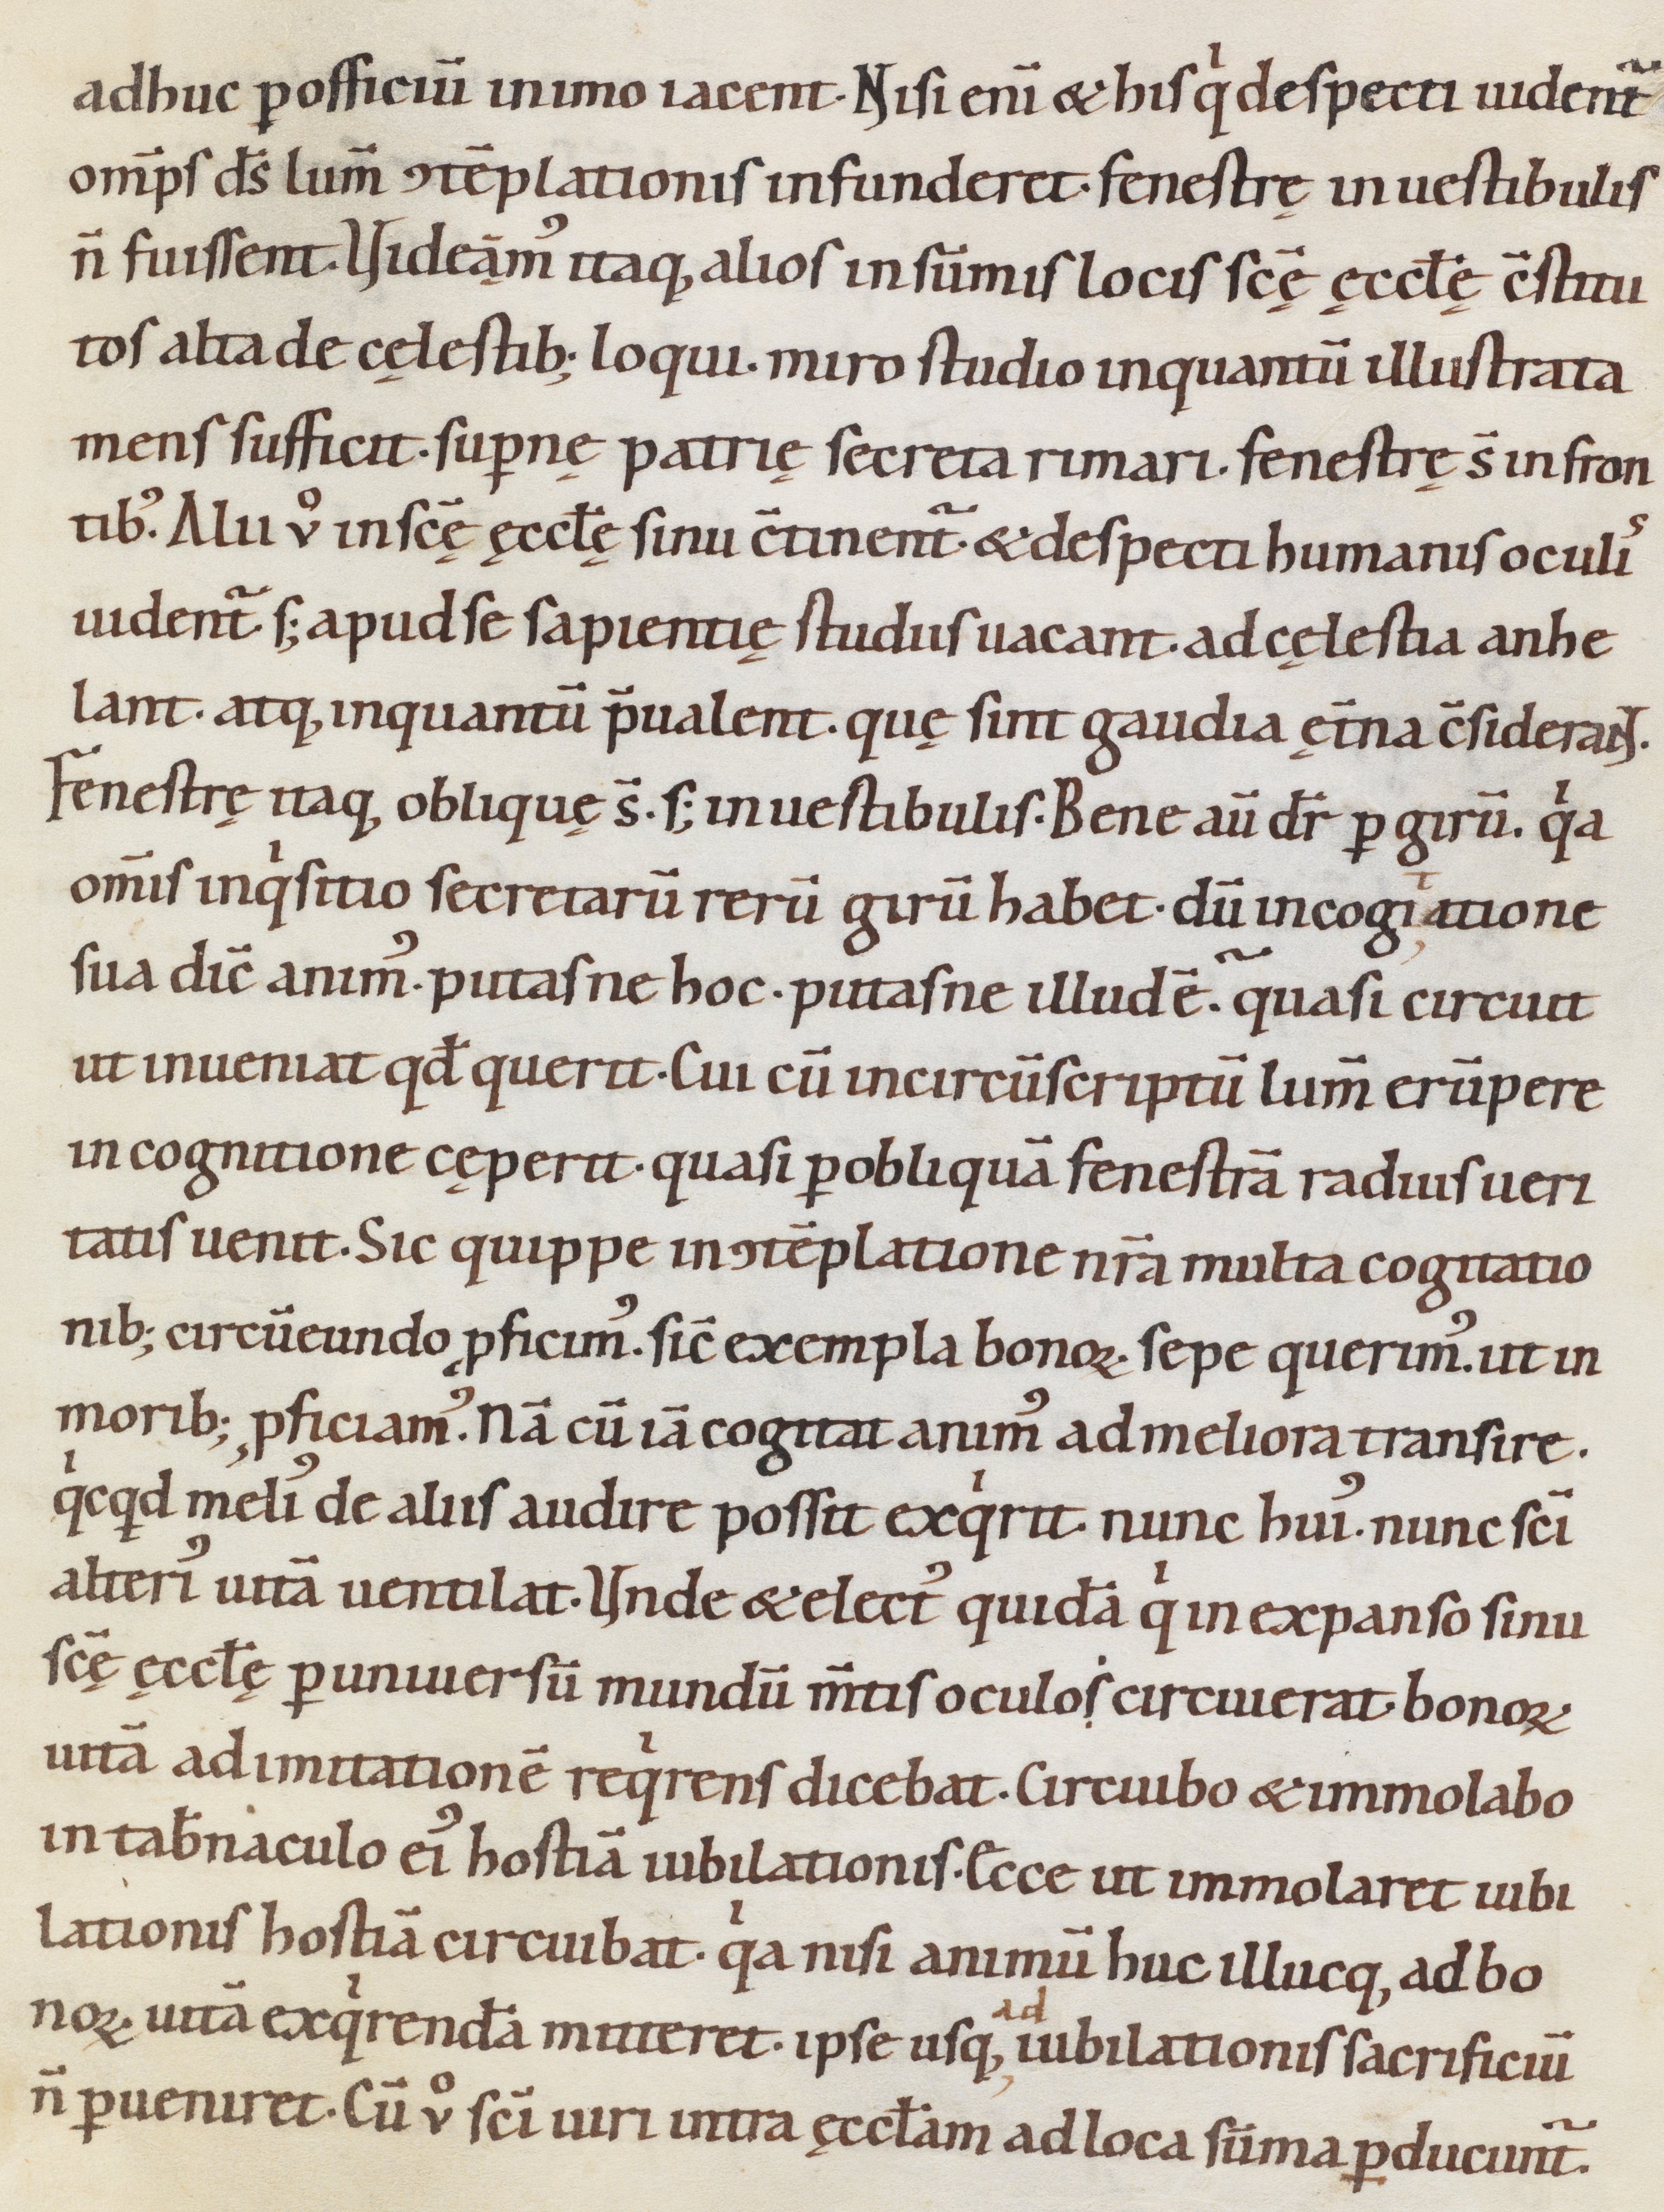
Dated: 1080–1096